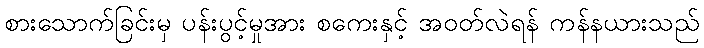
စားသောက်ခြင်းမှ ပန်းပွင့်မှုအား စကေးနှင့် အဝတ်လဲရန် ကန်နယားသည်